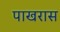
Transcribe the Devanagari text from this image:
पाखरास